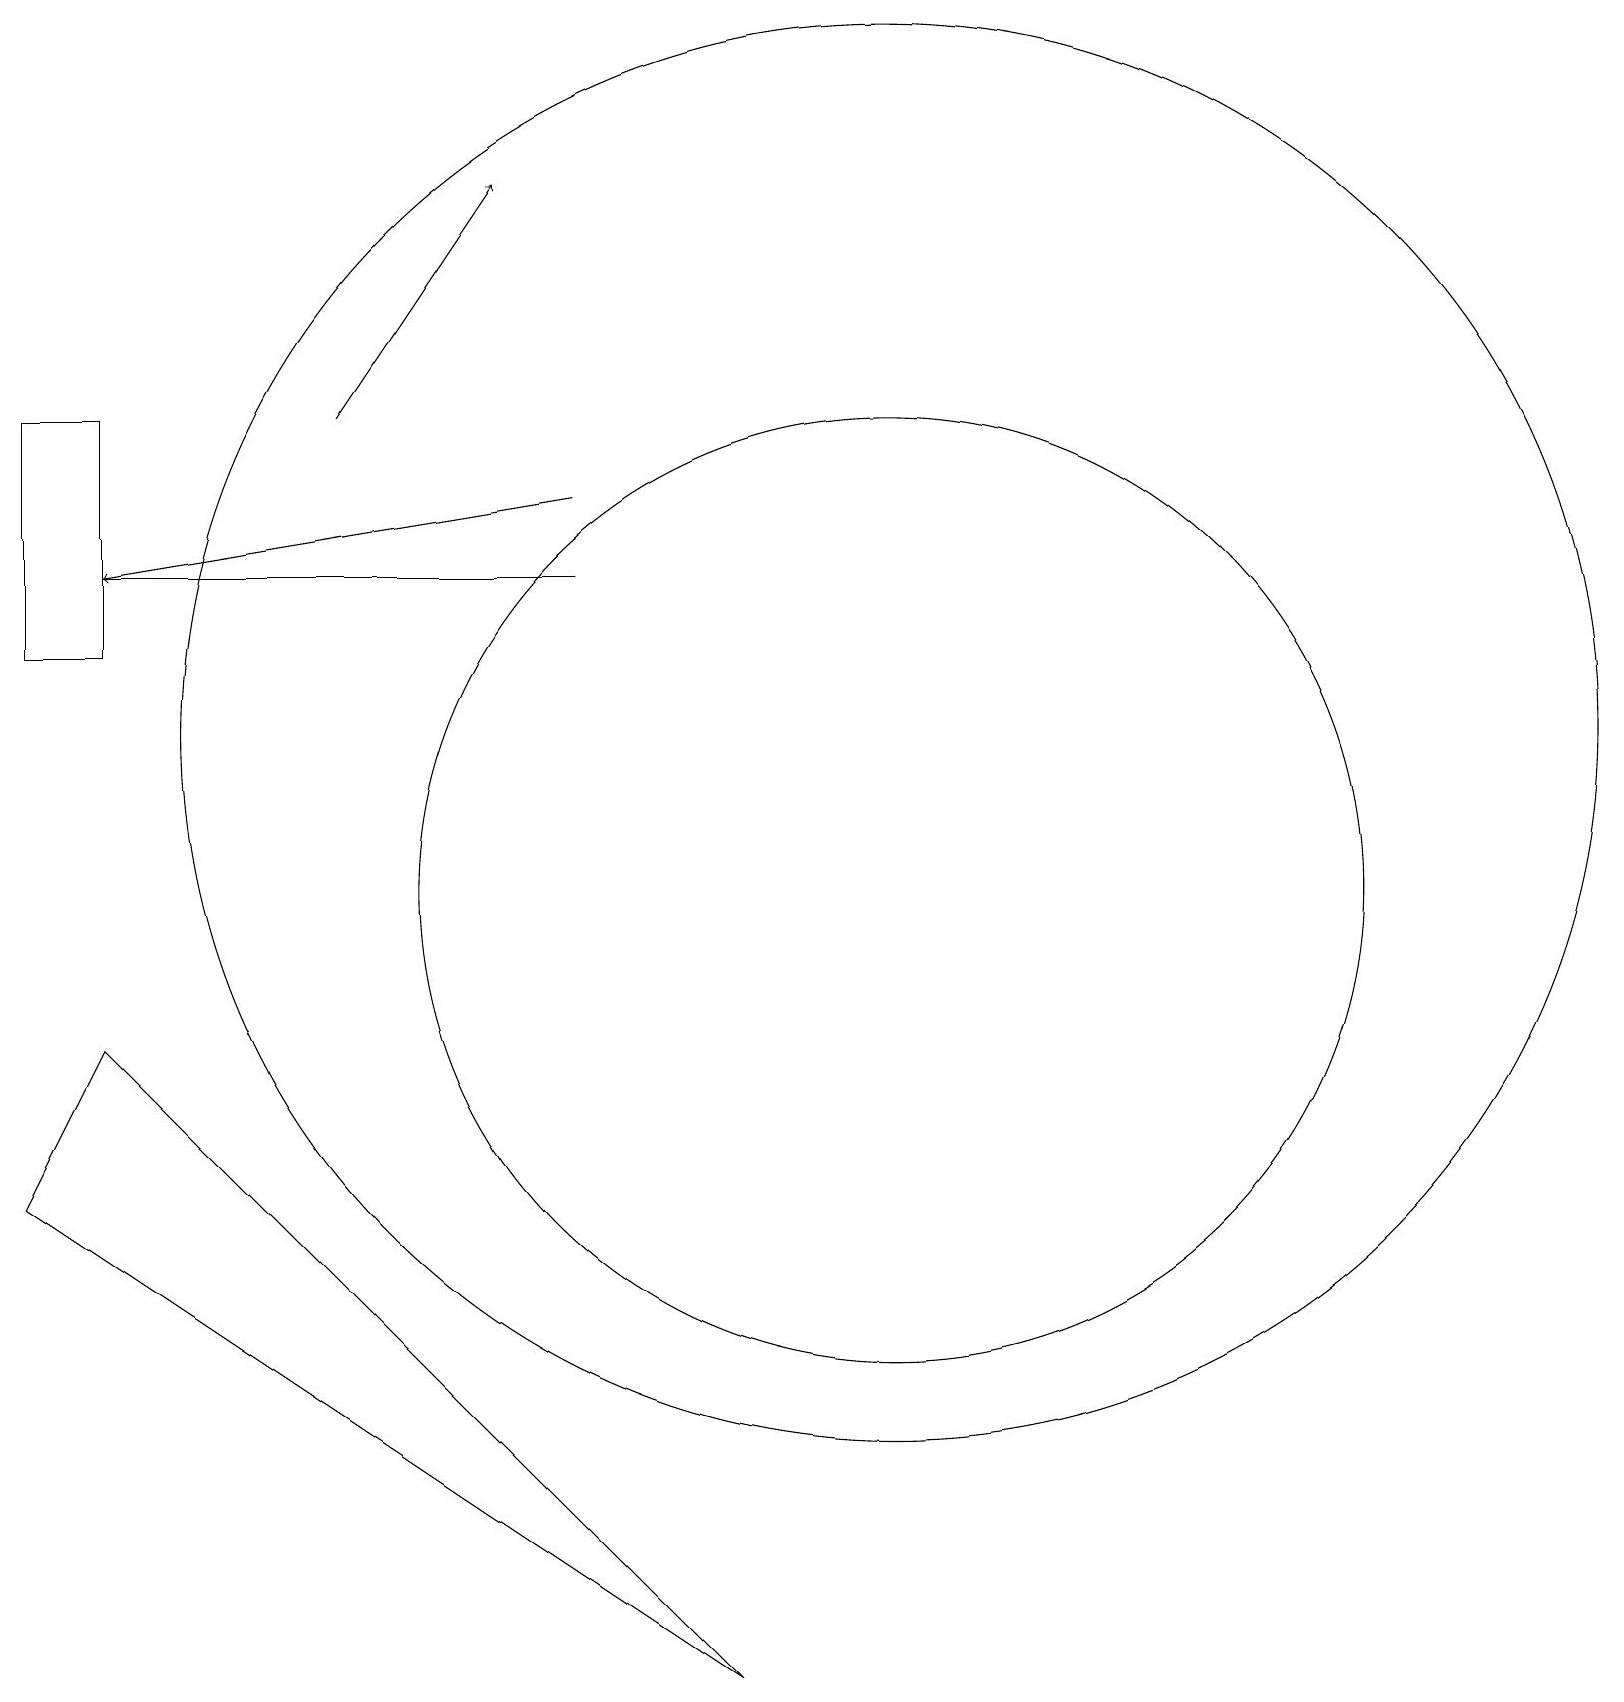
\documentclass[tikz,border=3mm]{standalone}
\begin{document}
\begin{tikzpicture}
\draw[->] (4,16) -- (6,19);
\draw (0,13) rectangle (1,16);
\draw (1,14) rectangle (7,14);
\draw (0,6) -- (9,0) -- (1,8) -- cycle;
\draw (11,10) circle (6);
\draw (11,12) circle (9);
\draw[->] (7,15) -- (1,14);
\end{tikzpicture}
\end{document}